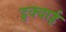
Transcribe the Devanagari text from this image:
इक्वाई